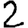
Digit: 2